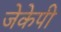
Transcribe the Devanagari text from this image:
जेकेपी